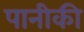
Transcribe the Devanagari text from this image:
पानीकी